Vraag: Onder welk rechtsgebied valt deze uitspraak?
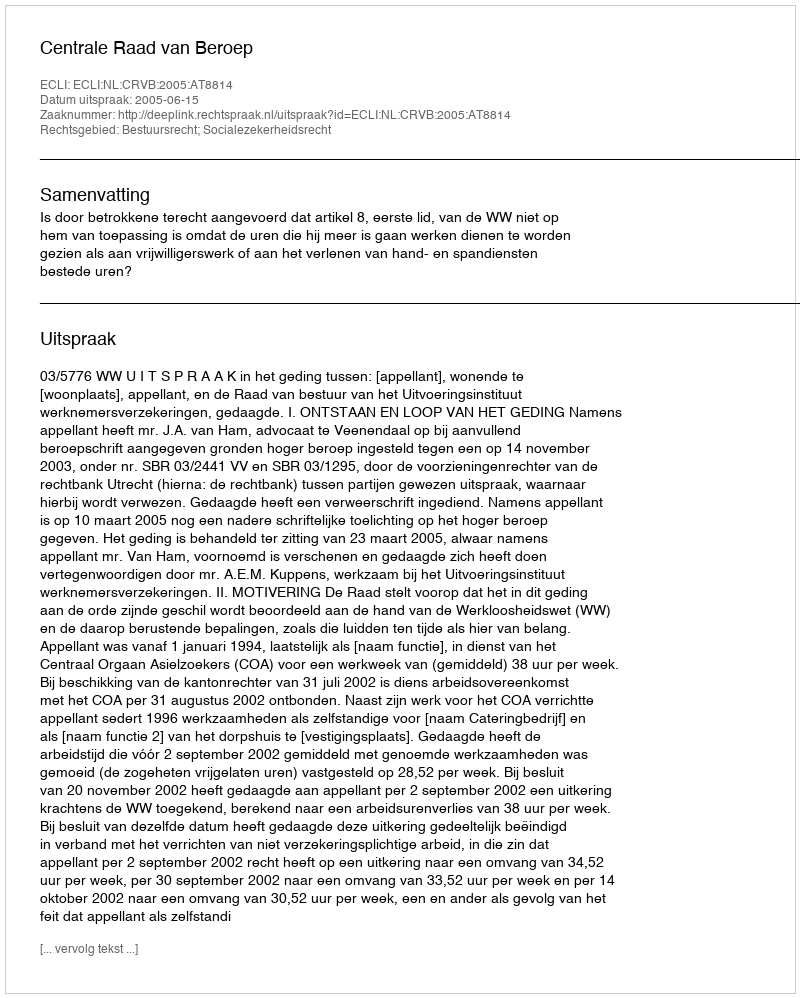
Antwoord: Bestuursrecht; Socialezekerheidsrecht